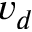
v _ { d }